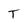
Character: T